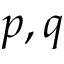
p , q